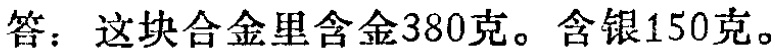
答：这块合金里含金\(380\)克。含银\(150\)克。